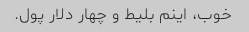
خوب، اینم بلیط و چهار دلار پول.